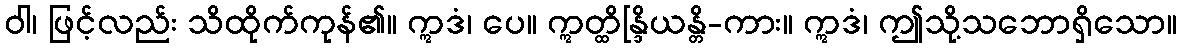
ဝါ၊ ဖြင့်လည်း သိထိုက်ကုန်၏။ ဣဒံ၊ ပေ။ ဣတ္ထိန္ဒြိယန္တိ-ကား။ ဣဒံ၊ ဤသို့သဘောရှိသော။